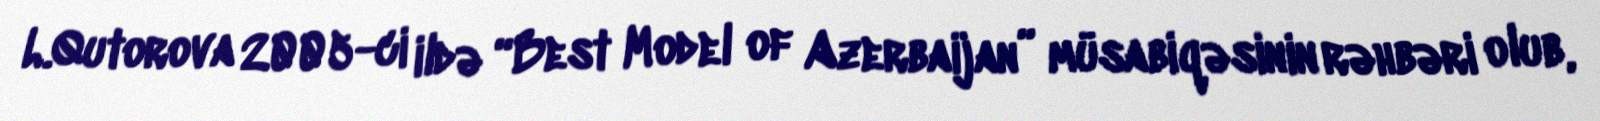
L.Qutorova 2005-ci ildə “Best Model of Azerbaijan” müsabiqəsinin rəhbəri olub,